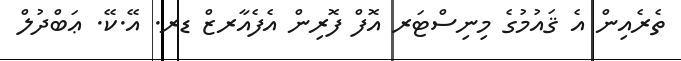
ތެރެއިން އެ ޤައުމުގެ މިނިސްޓަރ އޮފް ފޮރިން އެފެއާރޒް ޑރ. އޭ.ކޭ. ޢަބްދުލް